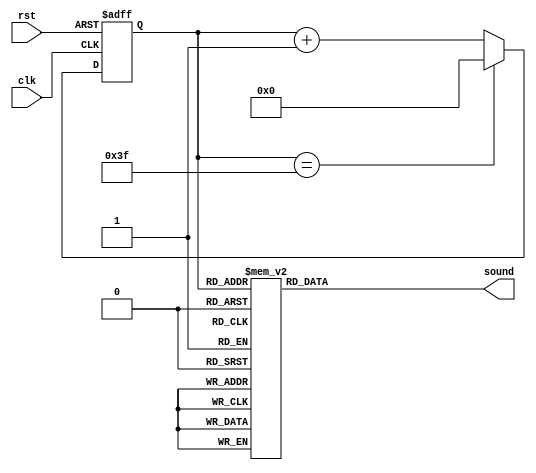
`timescale 1ns / 1ps
//////////////////////////////////////////////////////////////////////////////////
// Company: 
// Engineer: 
// 
// Design Name: 
// Module Name:    sound_counter 
// Project Name: 
// Target Devices: 
// Tool versions: 
// Description: 
//
// Dependencies: 
//
// Revision: 
// Revision 0.01 - File Created
// Additional Comments: 
//
//////////////////////////////////////////////////////////////////////////////////
module sound_counter(
		clk,
		rst,
		sound
    );
	
	input clk;
	input rst;
	output reg [19:0]sound;
	
	reg [5:0]count,count_next;
	
	
	always @*
		count_next = count + 1'b1;

    always @(posedge clk or posedge rst) 
    begin
    	if (rst) 
    	begin
    		count <= 6'd0;
    	end
		else if(count == 6'd63)
		begin 
			count <= 6'd0;
		end
    	else 
    	begin
    		count <= count_next;	
    	end
    end

	always@*	
	begin
		case(count)
		6'd0:  sound = 20'd30303;
		6'd1:  sound = 20'd30303;
		6'd2:  sound = 20'd40486;
		6'd3:  sound = 20'd38167;
		6'd4:  sound = 20'd34014;
		6'd5:  sound = 20'd34014;
		6'd6:  sound = 20'd38167;
		6'd7:  sound = 20'd40486;
		6'd8:  sound = 20'd45455;
		6'd9:  sound = 20'd45455;
		6'd10: sound = 20'd45455;
		6'd11: sound = 20'd38167;
		6'd12: sound = 20'd30303;
		6'd13: sound = 20'd30303;
		6'd14: sound = 20'd34014;
		6'd15: sound = 20'd38167;
		6'd16: sound = 20'd40486;
		6'd17: sound = 20'd40486;
		6'd18: sound = 20'd0;
		6'd19: sound = 20'd38167;
		6'd20: sound = 20'd34014;
		6'd21: sound = 20'd34014;
		6'd22: sound = 20'd30303;
		6'd23: sound = 20'd30303;
		6'd24: sound = 20'd38167;
		6'd25: sound = 20'd38167;
		6'd26: sound = 20'd45455;
		6'd27: sound = 20'd45455;
		6'd28: sound = 20'd45455;
		6'd29: sound = 20'd45455;
		6'd30: sound = 20'd0;
		6'd31: sound = 20'd0;
		6'd32: sound = 20'd0;
		6'd33: sound = 20'd34014;
		6'd34: sound = 20'd34014;
		6'd35: sound = 20'd28653;
		6'd36: sound = 20'd22727;
		6'd37: sound = 20'd22727;
		6'd38: sound = 20'd25510;
		6'd39: sound = 20'd28653;
		6'd40: sound = 20'd30303;
		6'd41: sound = 20'd30303;
		6'd42: sound = 20'd0;
		6'd43: sound = 20'd38167;
		6'd44: sound = 20'd30303;
		6'd45: sound = 20'd30303;
		6'd46: sound = 20'd34014;
		6'd47: sound = 20'd38167;
		6'd48: sound = 20'd40486;
		6'd49: sound = 20'd40486;
		6'd50: sound = 20'd40486;
		6'd51: sound = 20'd38167;
		6'd52: sound = 20'd34014;
		6'd53: sound = 20'd34014;
		6'd54: sound = 20'd30303;
		6'd55: sound = 20'd30303;
		6'd56: sound = 20'd38167;
		6'd57: sound = 20'd38167;
		6'd58: sound = 20'd45455;
		6'd59: sound = 20'd45455;
		6'd60: sound = 20'd45455;
		6'd61: sound = 20'd45455;
		6'd62: sound = 20'd0;
		6'd63: sound = 20'd0;
		endcase
	end

endmodule